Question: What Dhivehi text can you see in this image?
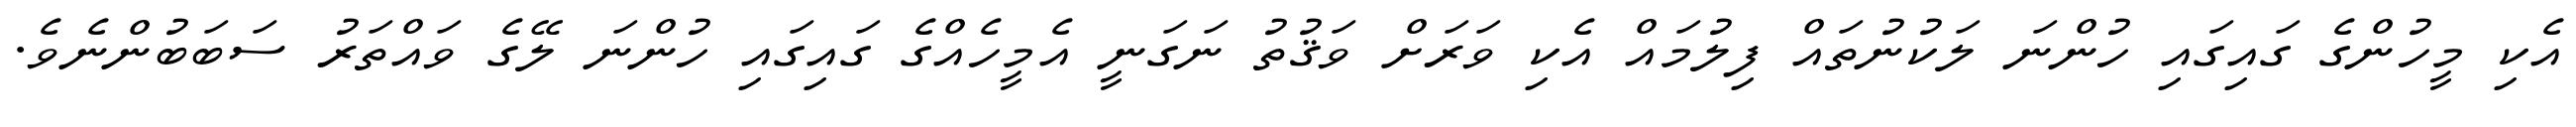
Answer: އެކި މީހުންގެ ގައިގައި ހުންނަ ލަކުނުތައް ފިލުމައް އެކި ވަރަށް ވަޤުތު ނަގަނީ އެމީހެއްގެ ގައިގައި ހުންނަ ލޭގެ ވައްތަރު ސަބަބުންނެވެ.